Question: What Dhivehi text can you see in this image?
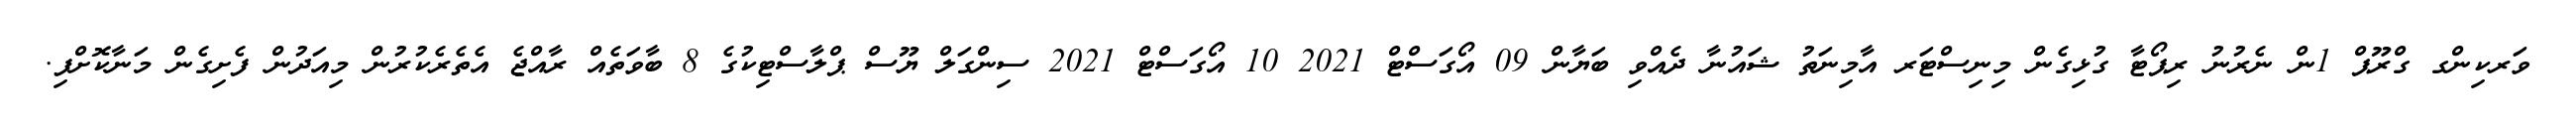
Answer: ވަރކިންގ ގްރޫޕް 1ން ނެރުނު ރިޕޯޓާ ގުޅިގެން މިނިސްޓަރ އާމިނަތު ޝައުނާ ދެއްވި ބަޔާން 09 އޯގަސްޓް 2021 10 އޯގަސްޓް 2021 ސިންގަލް ޔޫސް ޕްލާސްޓިކުގެ 8 ބާވަތެއް ރާއްޖެ އެތެރެކުރުން މިއަދުން ފެށިގެން މަނާކޮށްފި.